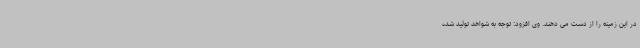
در این زمینه را از دست می دهند. وی افزود: توجه به شواهد تولید شده